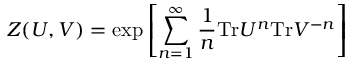
Z ( U , V ) = { \mathrm { e x p } } \left[ \sum _ { n = 1 } ^ { \infty } \frac { 1 } { n } { \mathrm { T r } } U ^ { n } { \mathrm { T r } } V ^ { - n } \right]